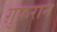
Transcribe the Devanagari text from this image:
ग़ुफ़रान